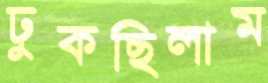
ঢুকছিলাম